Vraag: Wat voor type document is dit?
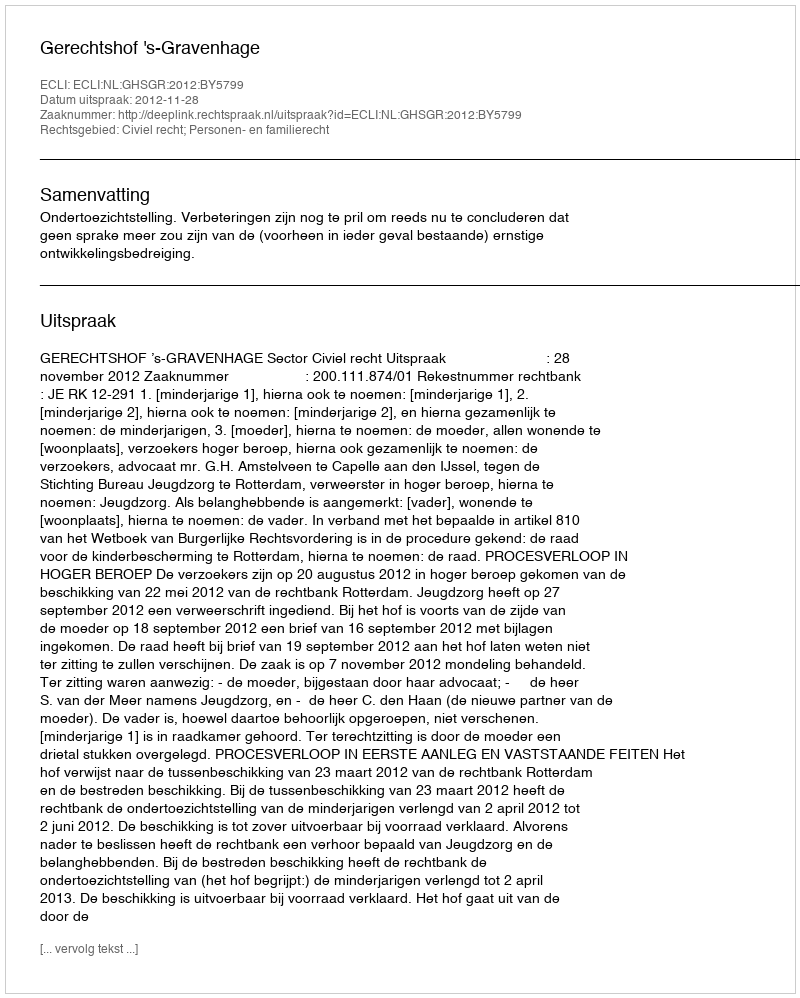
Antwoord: Uitspraak